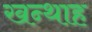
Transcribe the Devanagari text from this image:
खन्‍थाह